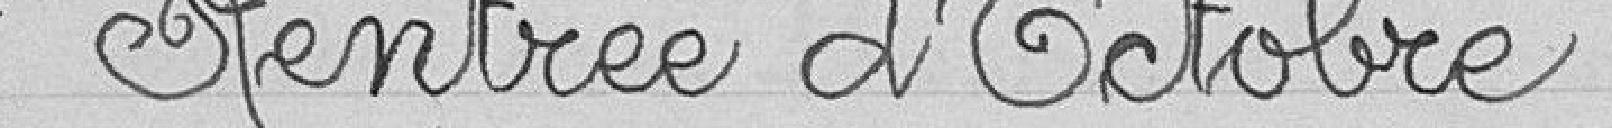
Rentrée d'Octobre